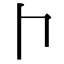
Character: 𠁡